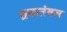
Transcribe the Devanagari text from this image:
ब्रकतंबल